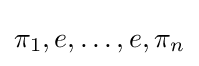
\pi _{1},e,\ldots ,e,\pi _{n}